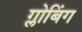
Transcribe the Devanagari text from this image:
ग्लोबिंग